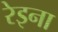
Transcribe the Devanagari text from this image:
रेइना